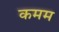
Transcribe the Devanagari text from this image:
कमम